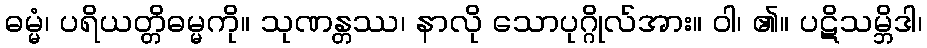
ဓမ္မံ၊ ပရိယတ္တိဓမ္မကို။ သုဏန္တဿ၊ နာလို သောပုဂ္ဂိုလ်အား။ ဝါ၊ ၏။ ပဋိသမ္ဘိဒါ၊